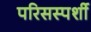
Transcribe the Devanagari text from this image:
परिसस्पर्शी